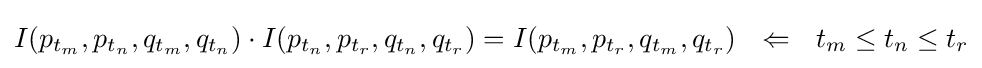
I(p_{t_{m}},p_{t_{n}},q_{t_{m}},q_{t_{n}})\cdot I(p_{t_{n}},p_{t_{r}},q_{t_{n}},q_{t_{r}})=I(p_{t_{m}},p_{t_{r}},q_{t_{m}},q_{t_{r}})~~\Leftarrow ~~t_{m}\leq t_{n}\leq t_{r}